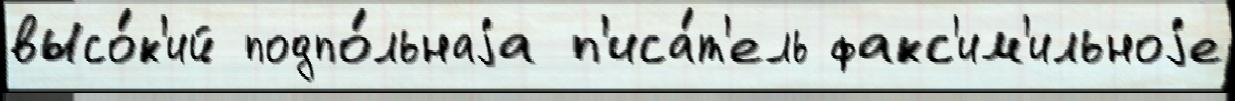
высо́к'ий подпо́льнаjа п'иса́т'ель факс'им'ильноjе